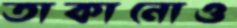
তাকানোও